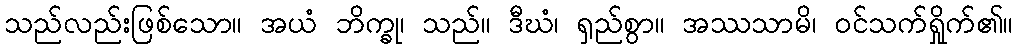
သည်လည်းဖြစ်သော။ အယံ ဘိက္ခု၊ သည်။ ဒီဃံ၊ ရှည်စွာ။ အဿသာမိ၊ ဝင်သက်ရှိုက်၏။